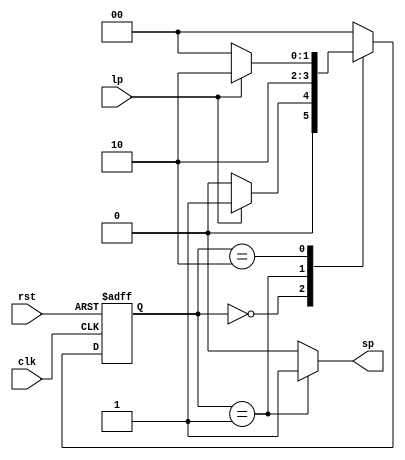

`define A 2'b00
`define B 2'b01
`define C 2'b10

module OnePulser(clk, rst, lp, sp);
    input clk, lp, rst;
    output reg sp;
    reg [1:0] ps, ns;
    
    
    always @(ps or lp) begin
        ns = `A;
        case(ps) 
            `A : ns = lp ? `B : `A;
            `B : ns = `C;
            `C : ns = lp ? `C : `A;
        endcase
    end

    always @(posedge clk or posedge rst) begin
        if(rst)
            ps <= `A;
        else 
            ps <= ns;
    end

    always @(ps) begin
        sp = 1'b0;
        if(ps==`B)
            sp = 1'b1;
    end 

endmodule